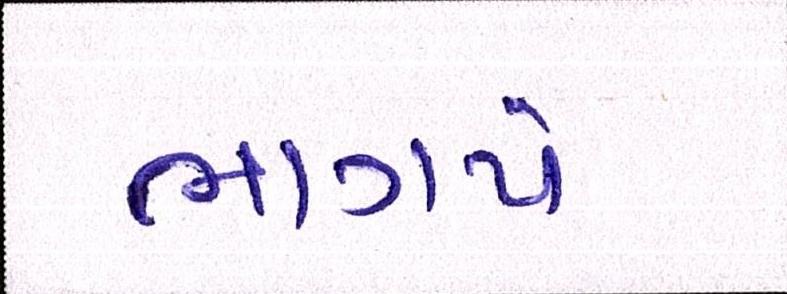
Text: ભાગપે